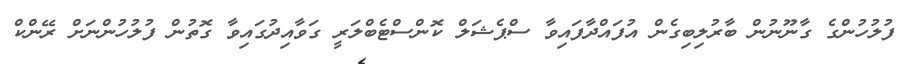
ފުލުހުންގެ ގާނޫނުން ބާރުލިބިގެން އުފައްދާފައިވާ ސްޕެޝަލް ކޮންސްޓެބްލަރީ ގަވާއިދުގައިވާ ގޮތުން ފުލުހުންނަށް ރޭންކް